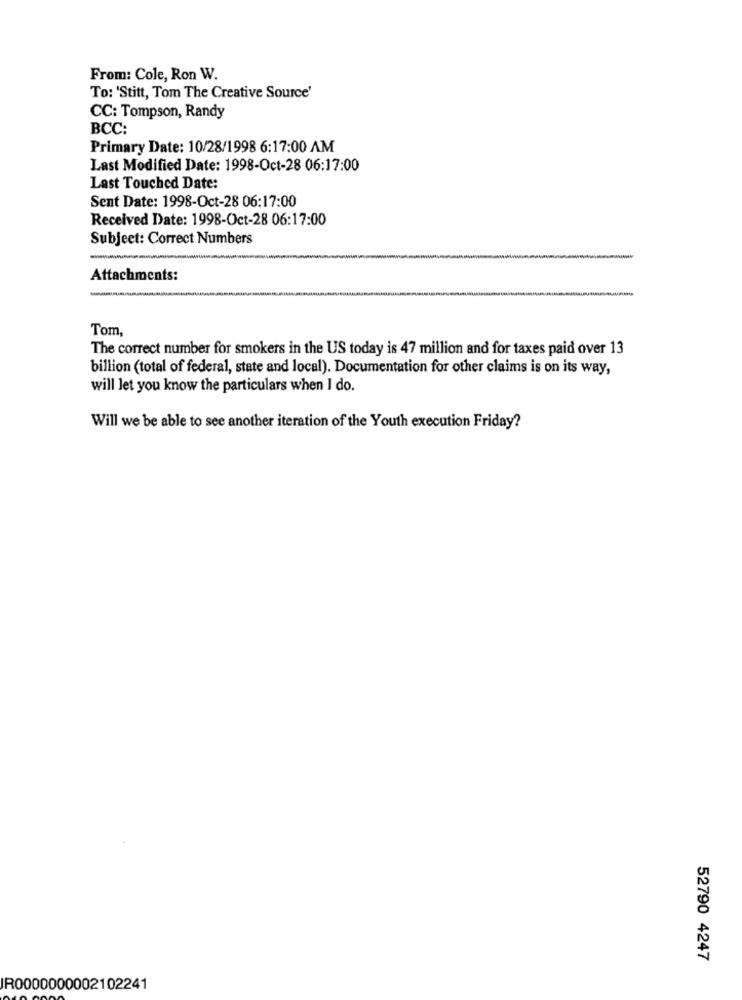
From: Cole, Ron W.
To: 'Stitt, Tom The Creative Source'
CC: Tompson, Randy
BCC:
Primary Date: 10/28/1998 6:17:00 AM
Last Modified Date: 1998-Oct-28 06:17:00
Last Touched Date:
Sent Date: 1998-Oct-28 06:17:00
Received Date: 1998-Oct-28 06:17:00
Subject: Correct Numbers
Attachments:
Tom,
The correct number for smokers in the US today is 47 million and for taxes paid over 13
billion (total of federal, state and local). Documentation for other claims is on its way,
will let you know the particulars when I do.
Will we be able to see another iteration of the Youth execution Friday?
52790 4247
IR0000000002102241